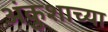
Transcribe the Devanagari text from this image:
अंकुशाच्या